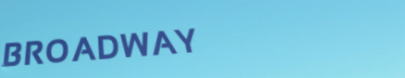
BROADWAY